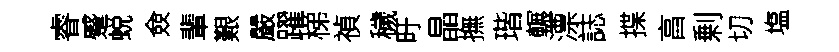
睿蹙蜕僉輩艱嚴躍梯禎穢旴晶撫瑎輾漂誌揲亯剰切塩